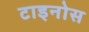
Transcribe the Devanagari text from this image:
टाइनोस